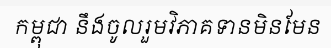
កម្ពុជា នឹងចូលរួមវិភាគទានមិនមែន